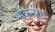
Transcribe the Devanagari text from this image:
मेकनीस